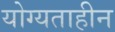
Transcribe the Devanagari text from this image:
योग्यताहीन